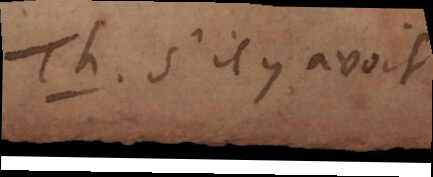
Th. S’il y avoit